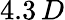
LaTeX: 4.3\, D